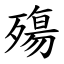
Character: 殤